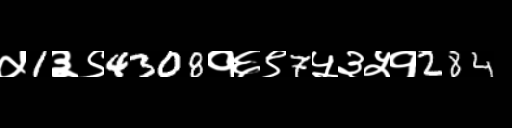
Text: ५1३९4308१६९7५३५१284